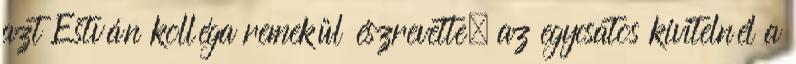
azt Estván kolléga remekül észrevette, az egycsatos kivitelnél a